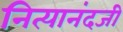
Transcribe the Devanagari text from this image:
नित्यानंदजी